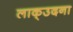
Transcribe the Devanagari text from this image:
लाक्उदना